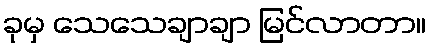
ခုမှ သေသေချာချာ မြင်လာတာ။